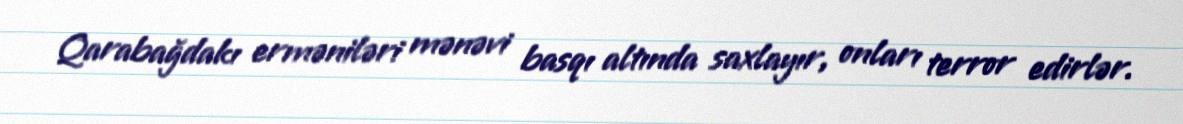
Qarabağdakı erməniləri mənəvi basqı altında saxlayır, onları terror edirlər.